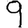
Digit: 9